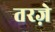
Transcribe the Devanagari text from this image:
तरज़े